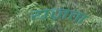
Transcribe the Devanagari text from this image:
यज़ता